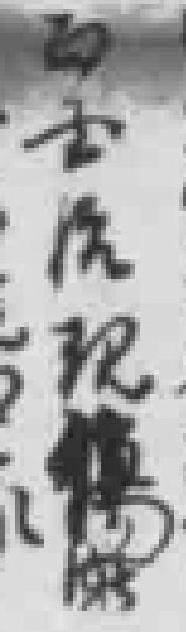
*现*